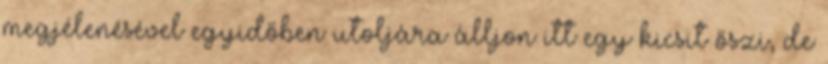
megjélenésével egyidőben utoljára álljon itt egy kicsit őszi, de